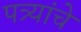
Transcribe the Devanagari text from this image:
पत्र्यांचे